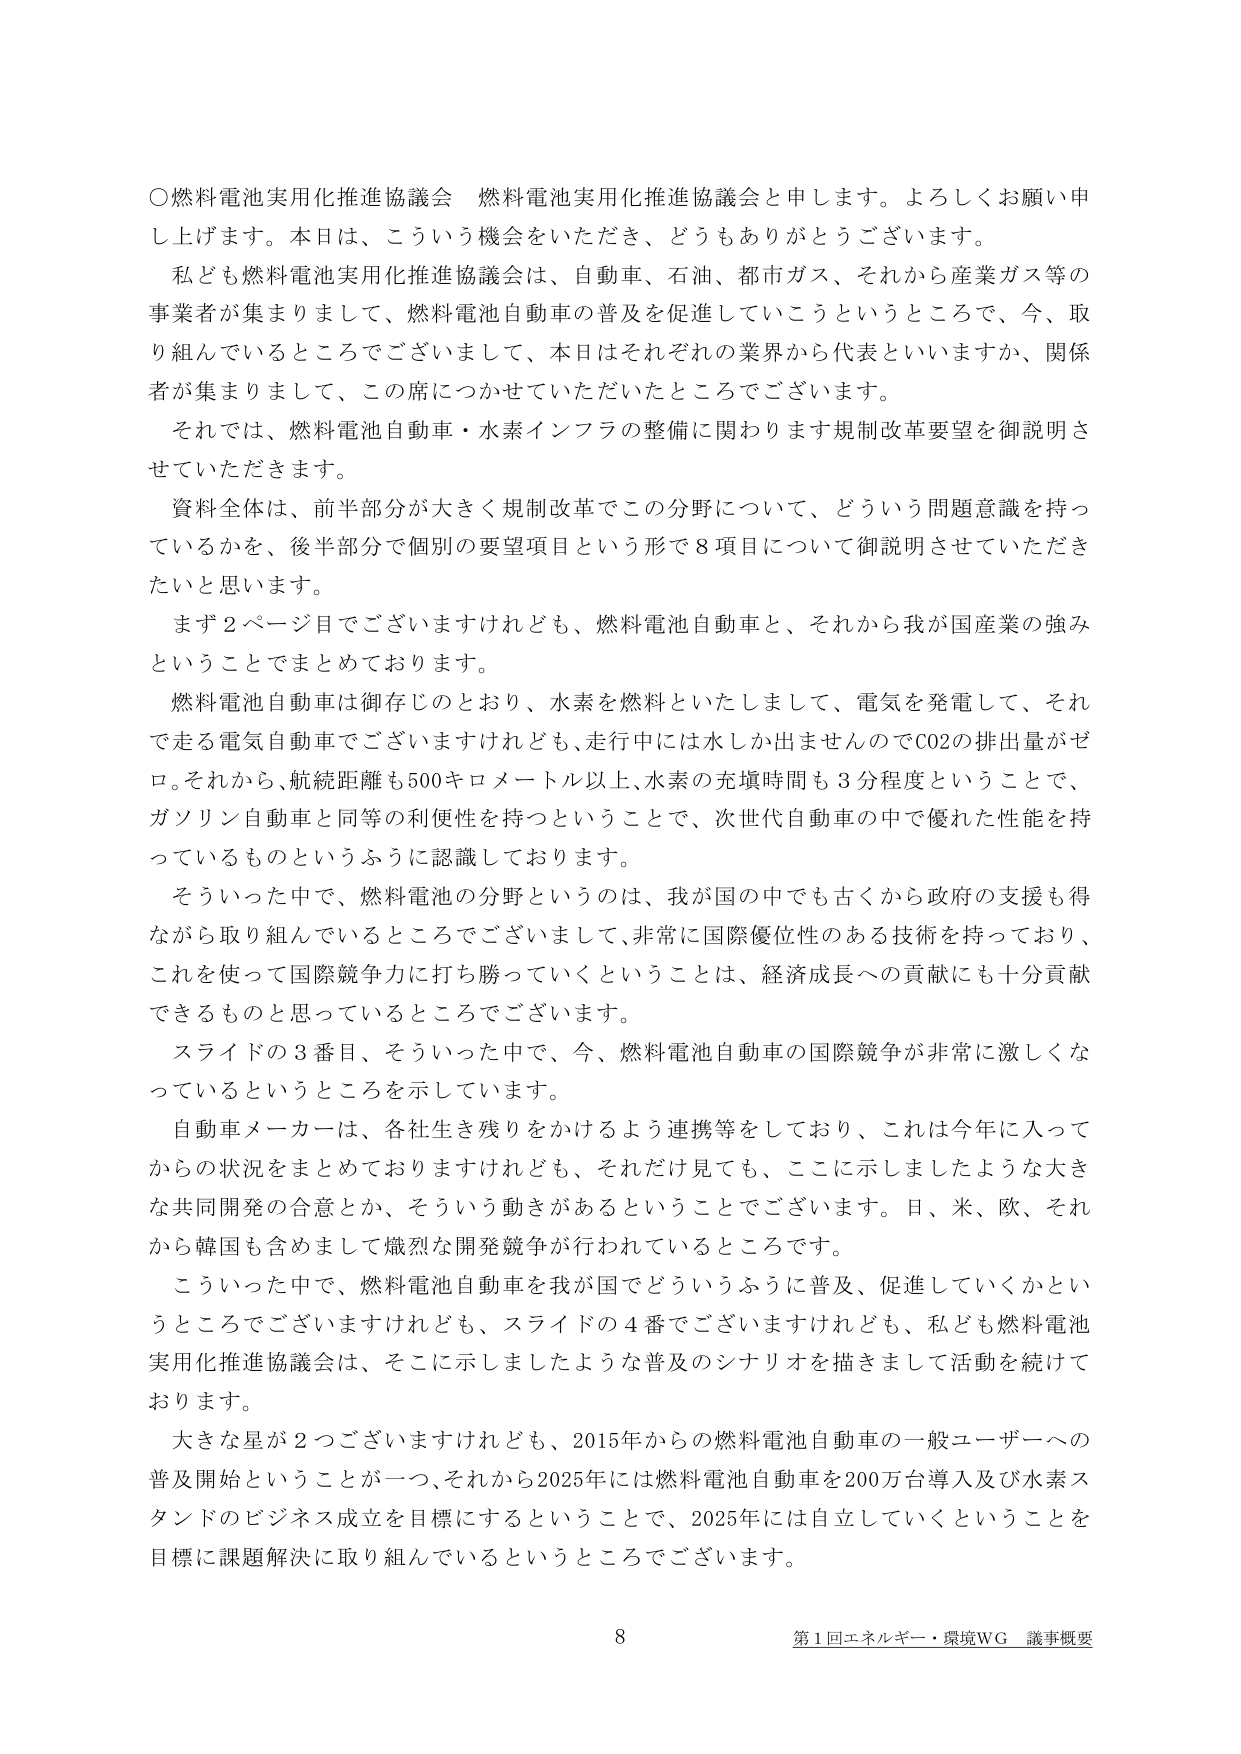
〇燃料電池実用化推進協議会　燃料電池実用化推進協議会と申します。よろしくお願い申し上げます。本日は、こういう機会をいただき、どうもありがとうございます。

私ども燃料電池実用化推進協議会は、自動車、石油、都市ガス、それから産業ガス等の事業者が集まりまして、燃料電池自動車の普及を促進していこうというところで、今、取り組んでいるところでございまして、本日はそれぞれの業界から代表といいますか、関係者が集まりまして、この席につかせていただいたところでございます。

それでは、燃料電池自動車・水素インフラの整備に関わります規制改革要望を御説明させていただきます。

資料全体は、前半部分が大きく規制改革でこの分野について、どういう問題意識を持っているかを、後半部分で個別の要望項目という形で8項目について御説明させていただきたいと思います。

まず2ページ目でございますけれども、燃料電池自動車と、それから我が国産業の強みということでまとめております。

燃料電池自動車は御存じのとおり、水素を燃料といたしまして、電気を発電して、それで走る電気自動車でございますけれども、走行中には水しか出ませんのでCO2の排出量がゼロ。それから、航続距離も500キロメートル以上、水素の充填時間も3分程度ということで、ガソリン自動車と同等の利便性を持つということで、次世代自動車の中で優れた性能を持っているものというふうに認識しております。

そういった中で、燃料電池の分野というのは、我が国の中でも古くから政府の支援も得ながら取り組んでいるところでございまして、非常に国際優位性のある技術を持っており、これを使って国際競争力に打ち勝っていくということは、経済成長への貢献にも十分貢献できるものと思っているところでございます。

スライドの3番目、そういった中で、今、燃料電池自動車の国際競争が非常に激しくなっているというところを示しています。

自動車メーカーは、各社生き残りをかけるよう連携等をしており、これは今年に入ってからの状況をまとめておりますけれども、それだけ見ても、ここに示しましたような大きな共同開発の合意とか、そういう動きがあるということでございます。日、米、欧、それから韓国も含めまして熾烈な開発競争が行われているところです。

こういった中で、燃料電池自動車を我が国でどういうふうに普及、促進していくかというところでございますけれども、スライドの4番でございますけれども、私ども燃料電池実用化推進協議会は、そこに示しましたような普及のシナリオを描きまして活動を続けております。

大きな星が2つございますけれども、2015年からの燃料電池自動車の一般ユーザーへの普及開始ということが一つ、それから2025年には燃料電池自動車を200万台導入及び水素スタンドのビジネス成立を目標にするということで、2025年には自立していくということを目標に課題解決に取り組んでいるというところでございます。

8
第1回エネルギー・環境WG 議事概要